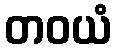
တဝယံ